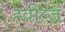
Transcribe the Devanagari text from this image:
ह्वील्ज़